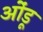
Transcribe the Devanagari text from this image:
ओंडू